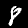
Digit: 8